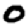
Digit: 0